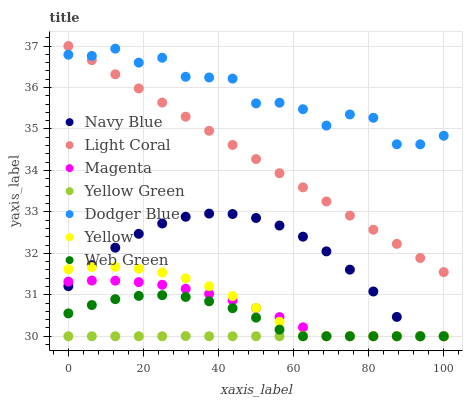
| xaxis_label | Navy Blue | Light Coral | Magenta | Yellow Green | Dodger Blue | Yellow | Web Green |
 | --- | --- | --- | --- | --- | --- | --- | --- |
 | 0 | 31.2 | 37 | 31.3 | 30 | 36.8 | 31.6 | 30.6 |
 | 6.25 | 31.7 | 36.7 | 31.3 | 30 | 36.8 | 31.7 | 30.8 |
 | 12.5 | 32.1 | 36.3 | 31.3 | 30 | 36.9 | 31.7 | 30.9 |
 | 18.8 | 32.5 | 36 | 31.3 | 30 | 36.6 | 31.6 | 31 |
 | 25 | 32.7 | 35.6 | 31.2 | 30 | 36.7 | 31.5 | 31 |
 | 31.2 | 32.9 | 35.3 | 31.1 | 30 | 36.3 | 31.4 | 30.9 |
 | 37.5 | 33 | 35 | 31 | 30 | 36.2 | 31.2 | 30.8 |
 | 43.8 | 32.9 | 34.6 | 30.9 | 30 | 36.2 | 31 | 30.7 |
 | 50 | 32.9 | 34.3 | 30.7 | 30 | 35.6 | 30.7 | 30.4 |
 | 56.2 | 32.7 | 33.9 | 30.5 | 30 | 35.6 | 30.3 | 30.2 |
 | 62.5 | 32.4 | 33.6 | 30.2 | 30 | 35.5 | 30 | 30 |
 | 68.8 | 32 | 33.3 | 30 | 30 | 35.1 | 30 | 30 |
 | 75 | 31.6 | 32.9 | 30 | 30 | 35.3 | 30 | 30 |
 | 81.2 | 31.1 | 32.6 | 30 | 30 | 35.3 | 30 | 30 |
 | 87.5 | 30.5 | 32.2 | 30 | 30 | 34.6 | 30 | 30 |
 | 93.8 | 30 | 31.9 | 30 | 30 | 34.6 | 30 | 30 |
 | 100 | 30 | 31.5 | 30 | 30 | 34.8 | 30 | 30 |